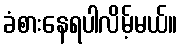
ခံစားနေရပါလိမ့်မယ်။